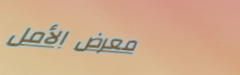
معرض الأمل